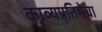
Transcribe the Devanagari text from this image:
काव्यप्रतिमेचा